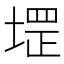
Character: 堽